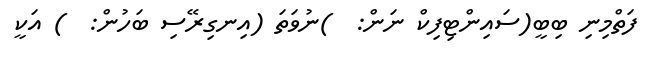
ފަތްމިނި ބިބީ(ސައިންޓިފިކް ނަން:  )ނުވަތަ (އިނގިރޭސި ބަހުން:  ) އަކީ